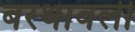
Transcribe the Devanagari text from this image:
बरथावली